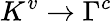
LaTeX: K^{v}\rightarrow\Gamma^{c}